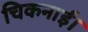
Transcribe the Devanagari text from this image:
चिकनाई।